Elephants and their diseases
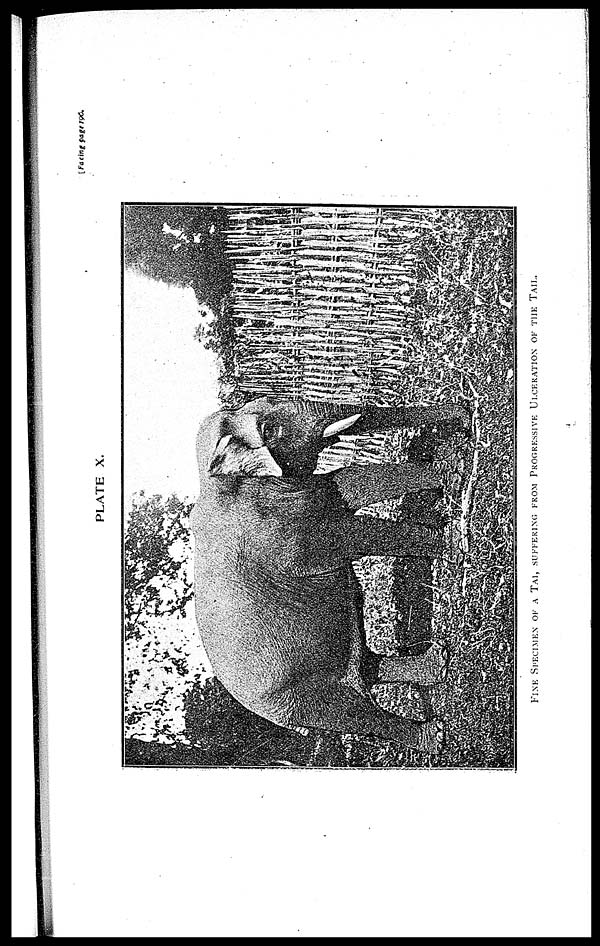
[Facing page 196.
PLATE X.
FINE SPECIMEN OF A TAI, SUFFERING FROM PROGRESSIVE ULCERATION OF THE TAIL.